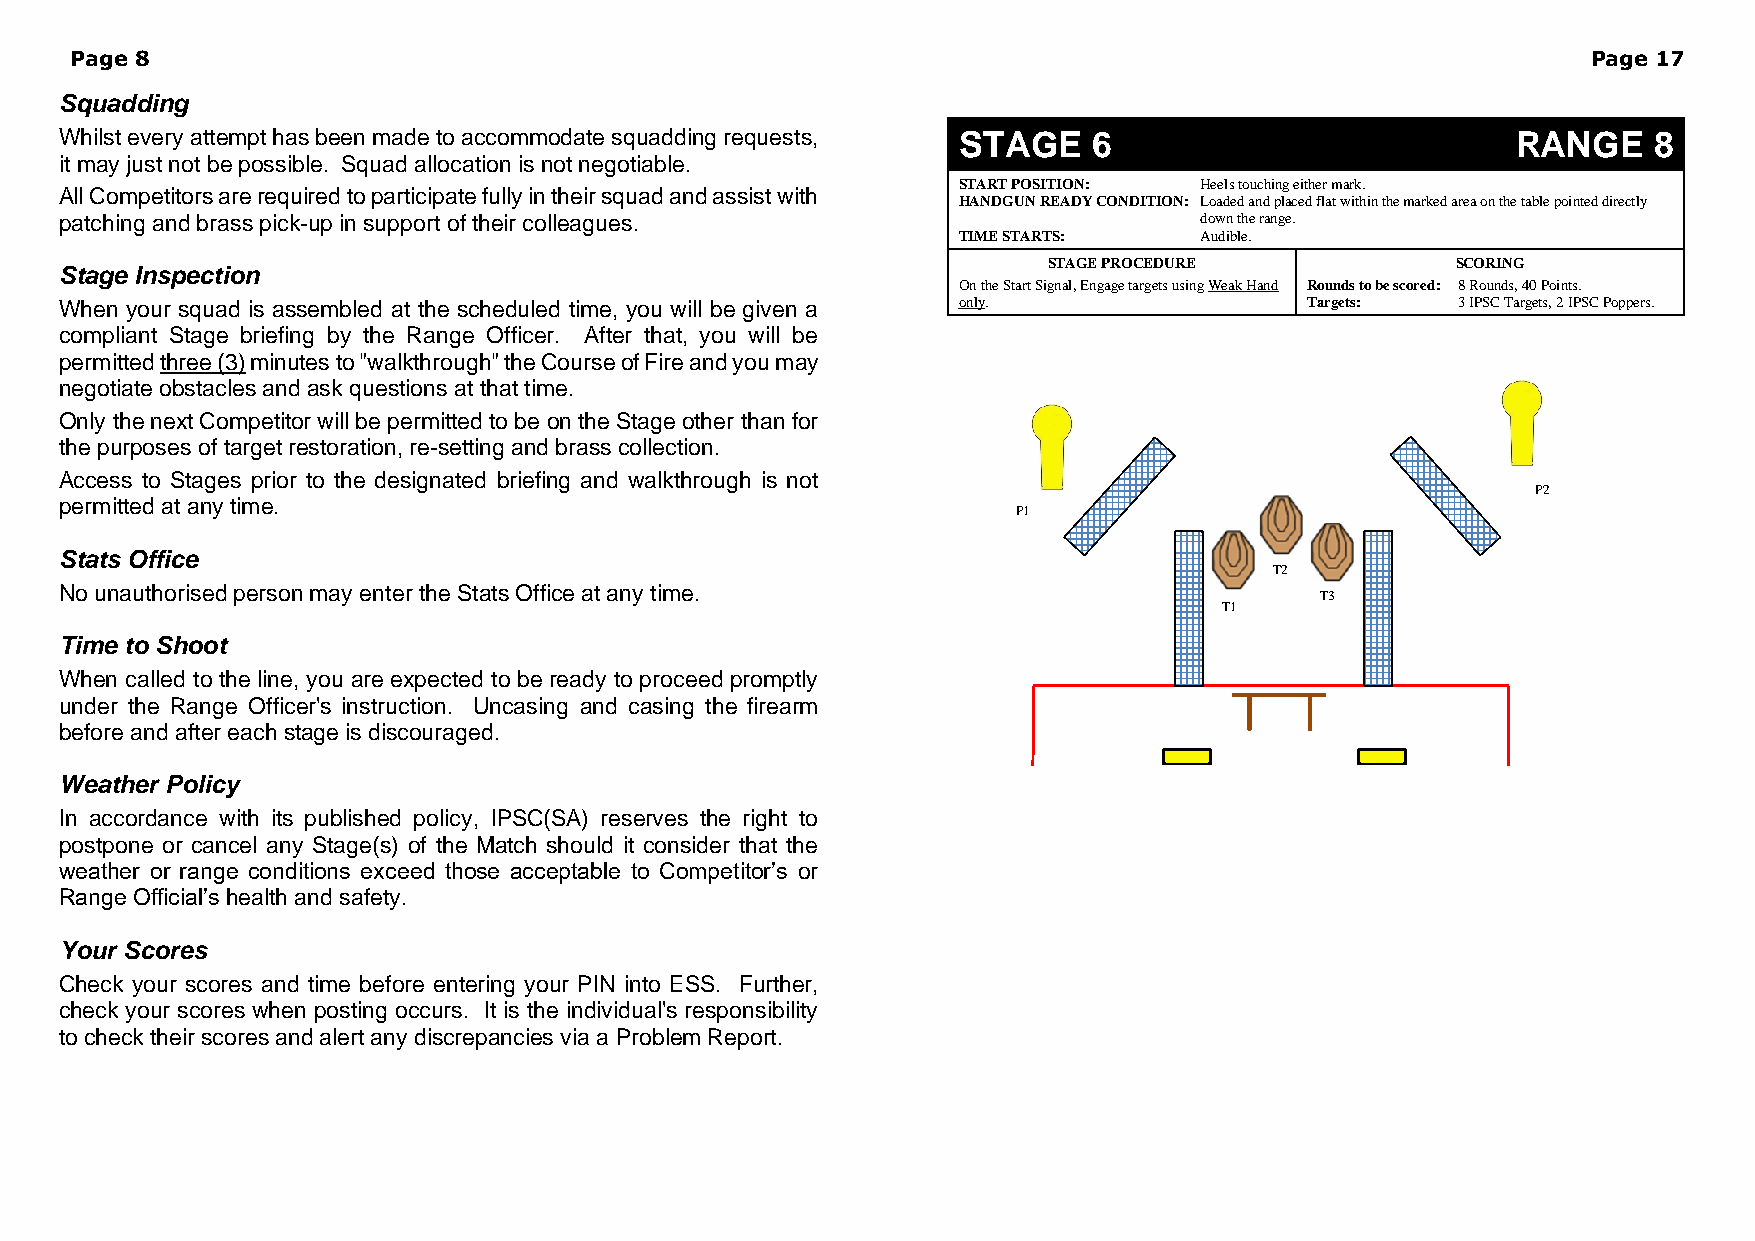
Page 8                                                                                              Page 17
 Squadding
 Whilst every attempt has been made to accommodate squadding requests, STAGE 6                   RANGE    8
 it may just not be possible. Squad allocation is not negotiable.
 START POSITION: Heels touching either mark.
 All Competitors are required to participate fully in their squad and assist with
 HANDGUN READY CONDITION: Loaded and placed flat within the marked area on the table pointed directly
 patching and brass pick-up in support of their colleagues.                 down the range.
 TIME STARTS:    Audible.
 STAGE PROCEDURE            SCORING
 Stage Inspection
 On the Start Signal, Engage targets using Weak Hand Rounds to be scored: 8 Rounds, 40 Points.
 When your squad is assembled at the scheduled time, you will be given a only.     Targets:  3 IPSC Targets, 2 IPSC Poppers.
 compliant Stage briefing by the Range Officer. After that, you will be
 permitted three (3) minutes to "walkthrough" the Course of Fire and you may
 negotiate obstacles and ask questions at that time.
 Only the next Competitor will be permitted to be on the Stage other than for
 the purposes of target restoration, re-setting and brass collection.
 Access to Stages prior to the designated briefing and walkthrough is not
 P2
 permitted at any time.
 P1
 Stats Office
 T2
 No unauthorised person may enter the Stats Office at any time.
 T3
 T1
 Time to Shoot
 When called to the line, you are expected to be ready to proceed promptly
 under the Range Officer's instruction. Uncasing and casing the firearm
 before and after each stage is discouraged.
 Weather Policy
 In accordance with its published policy, IPSC(SA) reserves the right to
 postpone or cancel any Stage(s) of the Match should it consider that the
 weather or range conditions exceed those acceptable to Competitor’s or
 Range Official’s health and safety.
 Your Scores
 Check your scores and time before entering your PIN into ESS. Further,
 check your scores when posting occurs. It is the individual's responsibility
 to check their scores and alert any discrepancies via a Problem Report.